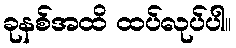
ခုနစ်အထိ ထပ်လုပ်ပါ။